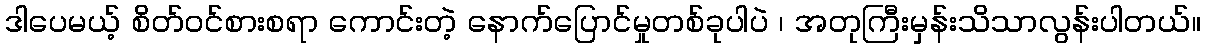
ဒါပေမယ့် စိတ်ဝင်စားစရာ ကောင်းတဲ့ နောက်ပြောင်မှုတစ်ခုပါပဲ ၊ အတုကြီးမှန်းသိသာလွန်းပါတယ်။